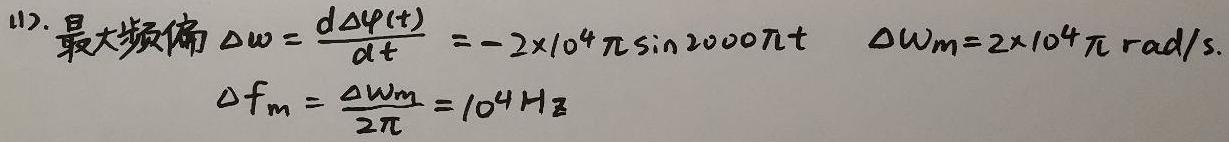
112. 最大频偏 $\Delta\omega = \frac{d\Delta\varphi(t)}{dt} = -2\times10^{4}\pi\sin 2000\pi t$  $\Delta\omega_m = 2\times10^{4}\pi \text{ rad/s}$.
$\Delta f_m = \frac{\Delta\omega_m}{2\pi} = 10^{4}\text{ Hz}$